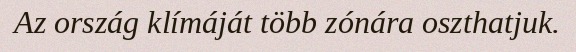
Az ország klímáját több zónára oszthatjuk.